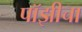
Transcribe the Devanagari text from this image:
पॉझीचा